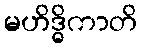
မဟိဒ္ဓိကာတိ